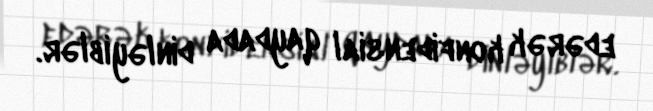
edərək konfidensial qaydada dinləyiblər.